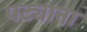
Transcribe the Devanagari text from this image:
पट्याना